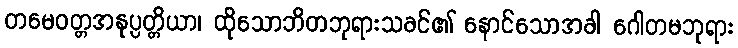
တမေဝတ္တအနုပ္ပတ္တိယာ၊ ထိုသောဘိတဘုရားသခင်၏ နောင်သောအခါ ဂေါတမဘုရား